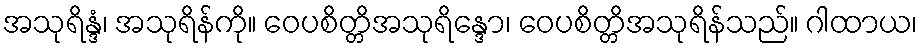
အသုရိန္ဒံ၊ အသုရိန်ကို။ ဝေပစိတ္တိအသုရိန္ဒော၊ ဝေပစိတ္တိအသုရိန်သည်။ ဂါထာယ၊